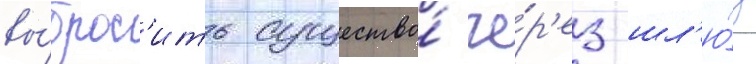
вы́брос'ить существо́ че́р'ез шл'ю́з